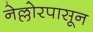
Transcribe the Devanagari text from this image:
नेल्लोरपासून